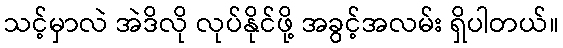
သင့်မှာလဲ အဲဒိလို လုပ်နိုင်ဖို့ အခွင့်အလမ်း ရှိပါတယ်။